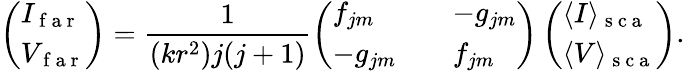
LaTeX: \left(\begin{array}{l}{I_{\mathrm{~f~a~r~}}}\\ {V_{\mathrm{~f~a~r~}}}\end{array}\right)=\frac{1}{(kr^{2})j(j+1)}\left(\begin{array}{lll}{f_{jm}}&{}&{-g_{jm}}\\ {-g_{jm}}&{}&{f_{jm}}\end{array}\right)\left(\begin{array}{l}{\langle I\rangle_{\mathrm{~s~c~a~}}}\\ {\langle V\rangle_{\mathrm{~s~c~a~}}}\end{array}\right).